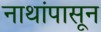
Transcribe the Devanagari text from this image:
नाथांपासून